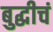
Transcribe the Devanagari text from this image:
बुद्धीचं